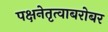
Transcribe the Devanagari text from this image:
पक्षनेतृत्वाबरोबर